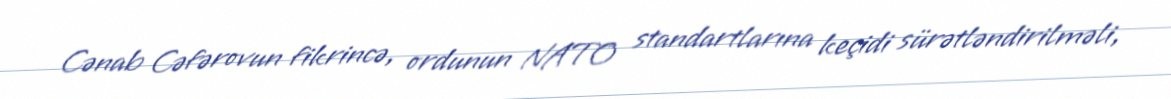
Cənab Cəfərovun fikrincə, ordunun NATO standartlarına keçidi sürətləndirilməli,